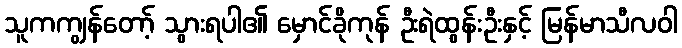
သူကကျွန်တော့် သွားရပါ၏ မှောင်ခိုကုန် ဦးရဲထွန်းဦးနှင့် မြန်မာသီလဝါ